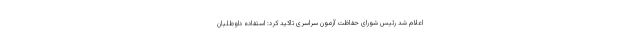
اعلام شد رئیس شورای حفاظت آزمون سراسری تاکید کرد: استفاده داوطلبان